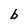
Character: b